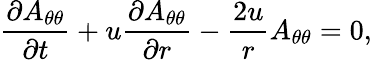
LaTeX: \frac{\partial A_{\theta\theta}}{\partial t}+u\frac{\partial A_{\theta\theta}}{\partial r}-\frac{2u}{r}A_{\theta\theta}=0,